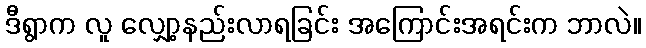
ဒီရွာက လူ လျှော့နည်းလာရခြင်း အကြောင်းအရင်းက ဘာလဲ။